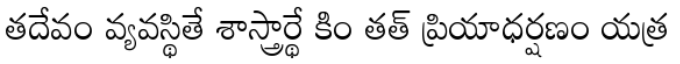
తదేవం వ్యవస్థితే శాస్త్రార్థే కిం తత్ ప్రియాధర్షణం యత్ర